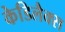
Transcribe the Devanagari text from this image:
केडिलैक्‍स